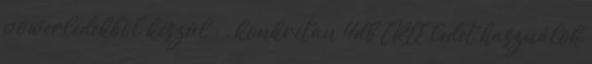
powerledekbõl készül : , konkrétan 4db CREE ledet használok